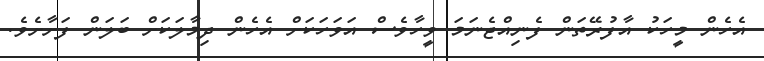
އެހެން މީހަކު އާފުރޭތަން ފެނިއްޖެނަމަ ވީހާވެސް އަވަހަކަށް އެހެން ދިމާލަކަށް ބަލަން ފަށާށެވެ.